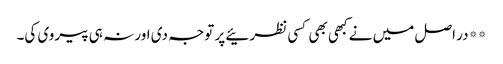
**در اصل میں نے کبھی بھی کسی نظرئیے پر توجہ دی اور نہ ہی پیروی کی۔